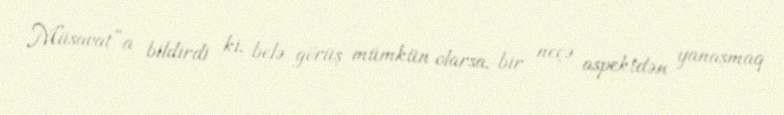
Müsavat”a bildirdi ki, belə görüş mümkün olarsa, bir neçə aspektdən yanaşmaq